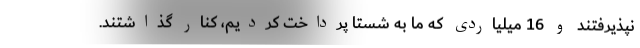
نپذیرفتند و 16 میلیاردی که ما به شستا پرداخت کردیم، کنار گذاشتند.